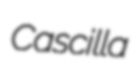
Cascilla